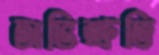
অভিশ্রুতি